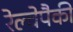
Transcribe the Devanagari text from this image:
रेल्वेपैकी